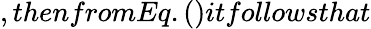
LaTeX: ,thenfromEq.()itfollowsthat